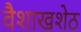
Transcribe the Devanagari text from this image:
वैशाखशेठ